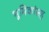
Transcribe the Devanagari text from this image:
भूमिकांसह